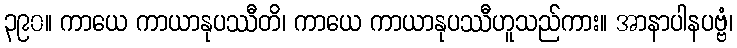
၃၉၀။ ကာယေ ကာယာနုပဿီတိ၊ ကာယေ ကာယာနုပဿီဟူသည်ကား။ အာနာပါနပဗ္ဗံ၊